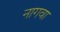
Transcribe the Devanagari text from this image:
नागवा